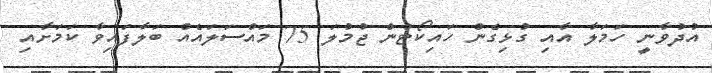
އުދުވާނީ ހަމަލާ އާއި ގުޅިގެން ހައިކޯޓުން ޖުމުލަ 75 މައްސަލައެއް ބަލާފައިވާ ކަމަށާއި